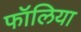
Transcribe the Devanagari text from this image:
फॉलिया